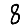
Digit: 8